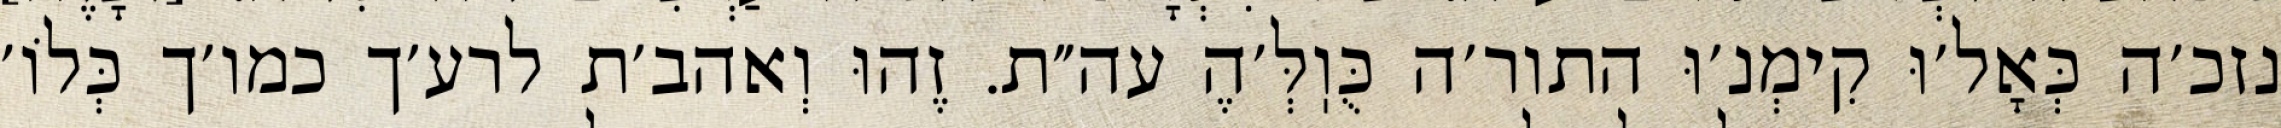
נזכ׳ה כְּאָל׳וּ קִימְנ׳וּ התור׳ה כֻּוֽלְּ׳הֶ עה״ת. זֶהוּ וְאהב׳ת לרע׳ך כמו׳ך כְּלוֹ׳